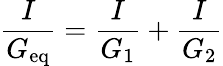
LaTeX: {\frac{I}{G_{\mathrm{eq}}}}={\frac{I}{G_{1}}}+{\frac{I}{G_{2}}}